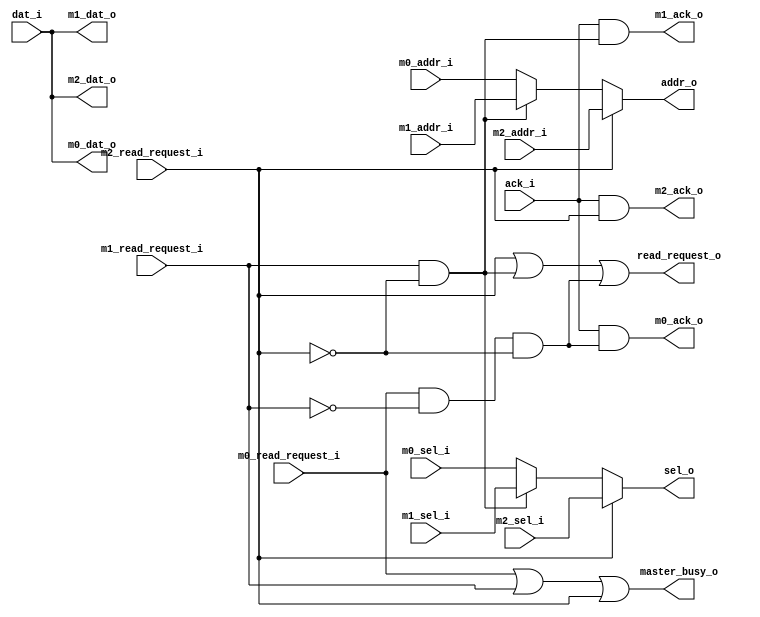
/*
ORSoC GFX accelerator core
Copyright 2012, ORSoC, Per Lenander, Anton Fosselius.

WBM reader arbiter

Loosely based on the arbiter_dbus.v (LGPL) in orpsocv2 by Julius Baxter, julius@opencores.org

 This file is part of orgfx.

 orgfx is free software: you can redistribute it and/or modify
 it under the terms of the GNU Lesser General Public License as published by
 the Free Software Foundation, either version 3 of the License, or
 (at your option) any later version. 

 orgfx is distributed in the hope that it will be useful,
 but WITHOUT ANY WARRANTY; without even the implied warranty of
 MERCHANTABILITY or FITNESS FOR A PARTICULAR PURPOSE.  See the
 GNU Lesser General Public License for more details.

 You should have received a copy of the GNU Lesser General Public License
 along with orgfx.  If not, see <http://www.gnu.org/licenses/>.

*/

// 3 Masters, one slave
module gfx_wbm_read_arbiter
  (
   master_busy_o,
   // Interface against the wbm read module
   read_request_o,
   addr_o,
   sel_o,
   dat_i,
   ack_i,
   // Interface against masters (clip)
   m0_read_request_i,
   m0_addr_i,
   m0_sel_i,
   m0_dat_o,
   m0_ack_o,
   // Interface against masters (fragment processor)
   m1_read_request_i,
   m1_addr_i,
   m1_sel_i,
   m1_dat_o,
   m1_ack_o,
   // Interface against masters (blender)
   m2_read_request_i,
   m2_addr_i,
   m2_sel_i,
   m2_dat_o,
   m2_ack_o
   );

output        master_busy_o;
// Interface against the wbm read module
output        read_request_o;
output [31:2] addr_o;
output  [3:0] sel_o;
input  [31:0] dat_i;
input         ack_i;
// Interface against masters (clip)
input         m0_read_request_i;
input  [31:2] m0_addr_i;
input   [3:0] m0_sel_i;
output [31:0] m0_dat_o;
output        m0_ack_o;
// Interface against masters (fragment processor)
input         m1_read_request_i;
input  [31:2] m1_addr_i;
input   [3:0] m1_sel_i;
output [31:0] m1_dat_o;
output        m1_ack_o;
// Interface against masters (blender)
input         m2_read_request_i;
input  [31:2] m2_addr_i;
input   [3:0] m2_sel_i;
output [31:0] m2_dat_o;
output        m2_ack_o;

// Master ins -> |MUX> -> these wires
wire        rreq_w;
wire [31:2] addr_w;
wire  [3:0] sel_w;
// Slave ins -> |MUX> -> these wires
wire [31:0] dat_w;
wire        ack_w;

// Master select (MUX controls)
wire [2:0] master_sel;

assign master_busy_o = m0_read_request_i | m1_read_request_i | m2_read_request_i;

// priority to wbm1, the blender master
assign master_sel[0] = m0_read_request_i & !m1_read_request_i & !m2_read_request_i;
assign master_sel[1] = m1_read_request_i & !m2_read_request_i;
assign master_sel[2] = m2_read_request_i;

// Master input mux, priority to blender master
assign m0_dat_o = dat_i;
assign m0_ack_o = ack_i & master_sel[0];

assign m1_dat_o = dat_i;
assign m1_ack_o = ack_i & master_sel[1];

assign m2_dat_o = dat_i;
assign m2_ack_o = ack_i & master_sel[2];

assign read_request_o = master_sel[2] |
                        master_sel[1] |
                        master_sel[0];

assign addr_o = master_sel[2] ? m2_addr_i :
                master_sel[1] ? m1_addr_i :
	                              m0_addr_i;
assign sel_o  = master_sel[2] ? m2_sel_i :
                master_sel[1] ? m1_sel_i :
	                              m0_sel_i;
   
endmodule // gfx_wbm_read_arbiter